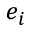
e _ { i }